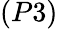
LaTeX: (P3)